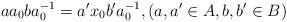
LaTeX: \begin{align*}a a_0ba_0^{-1}=a' x_0b'a_0^{-1}, (a,a'\in A, b,b'\in B)\end{align*}